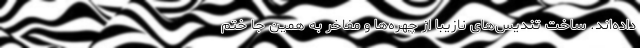
داده‌اند. ساخت تندیس‌های نازیبا از چهره‌ها و مفاخر به همین جا ختم